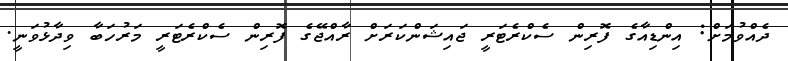
ދެއްވުމަށް: އިންޑިއާގެ ފޮރިން ސެކްރެޓަރީ ޖައިޝަންކަރަށް ރާއްޖޭގެ ފޮރިން ސެކްރެޓަރީ މަރުހަބާ ވިދާޅުވަނީ.